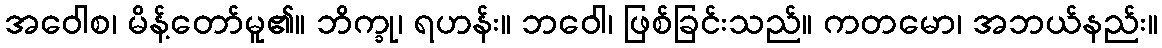
အဝေါစ၊ မိန့်တော်မူ၏။ ဘိက္ခု၊ ရဟန်း။ ဘဝေါ၊ ဖြစ်ခြင်းသည်။ ကတမော၊ အဘယ်နည်း။